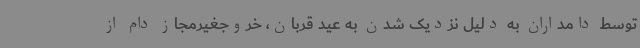
توسط دامداران به دلیل نزدیک شدن به عید قربان، خروجغیرمجاز دام از